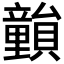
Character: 𥫎